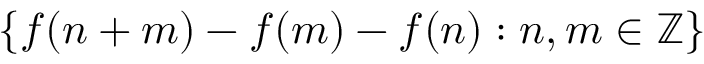
\{ f ( n + m ) - f ( m ) - f ( n ) : n , m \in \mathbb { Z } \}